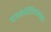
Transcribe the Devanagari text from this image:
प्रायश्चितस्वरूप